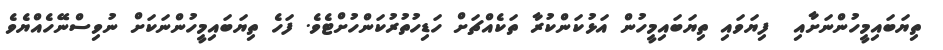
ތިޔަބައިމީހުންނަށާއި  ފިޔަވައި ތިޔަބައިމީހުން އަޅުކަންކުރާ ތަކެއްޗަށް ހަޑިހުތުރުކަންހުށްޓެވެ. ފަހެ ތިޔަބައިމީހުންނަކަށް ނުވިސްނޭހެއްޔެވެ